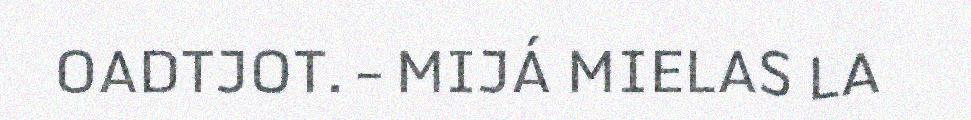
OADTJOT. – MIJÁ MIELAS LA